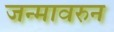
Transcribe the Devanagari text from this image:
जन्मावरुन